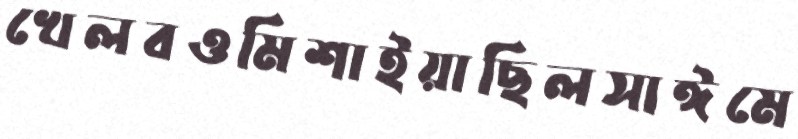
খেলবওমিশাইয়াছিলসাঈমে